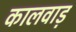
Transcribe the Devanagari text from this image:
कालवाड़